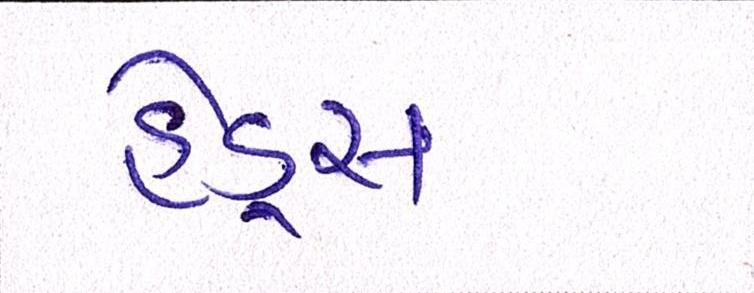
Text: હેડ્સ